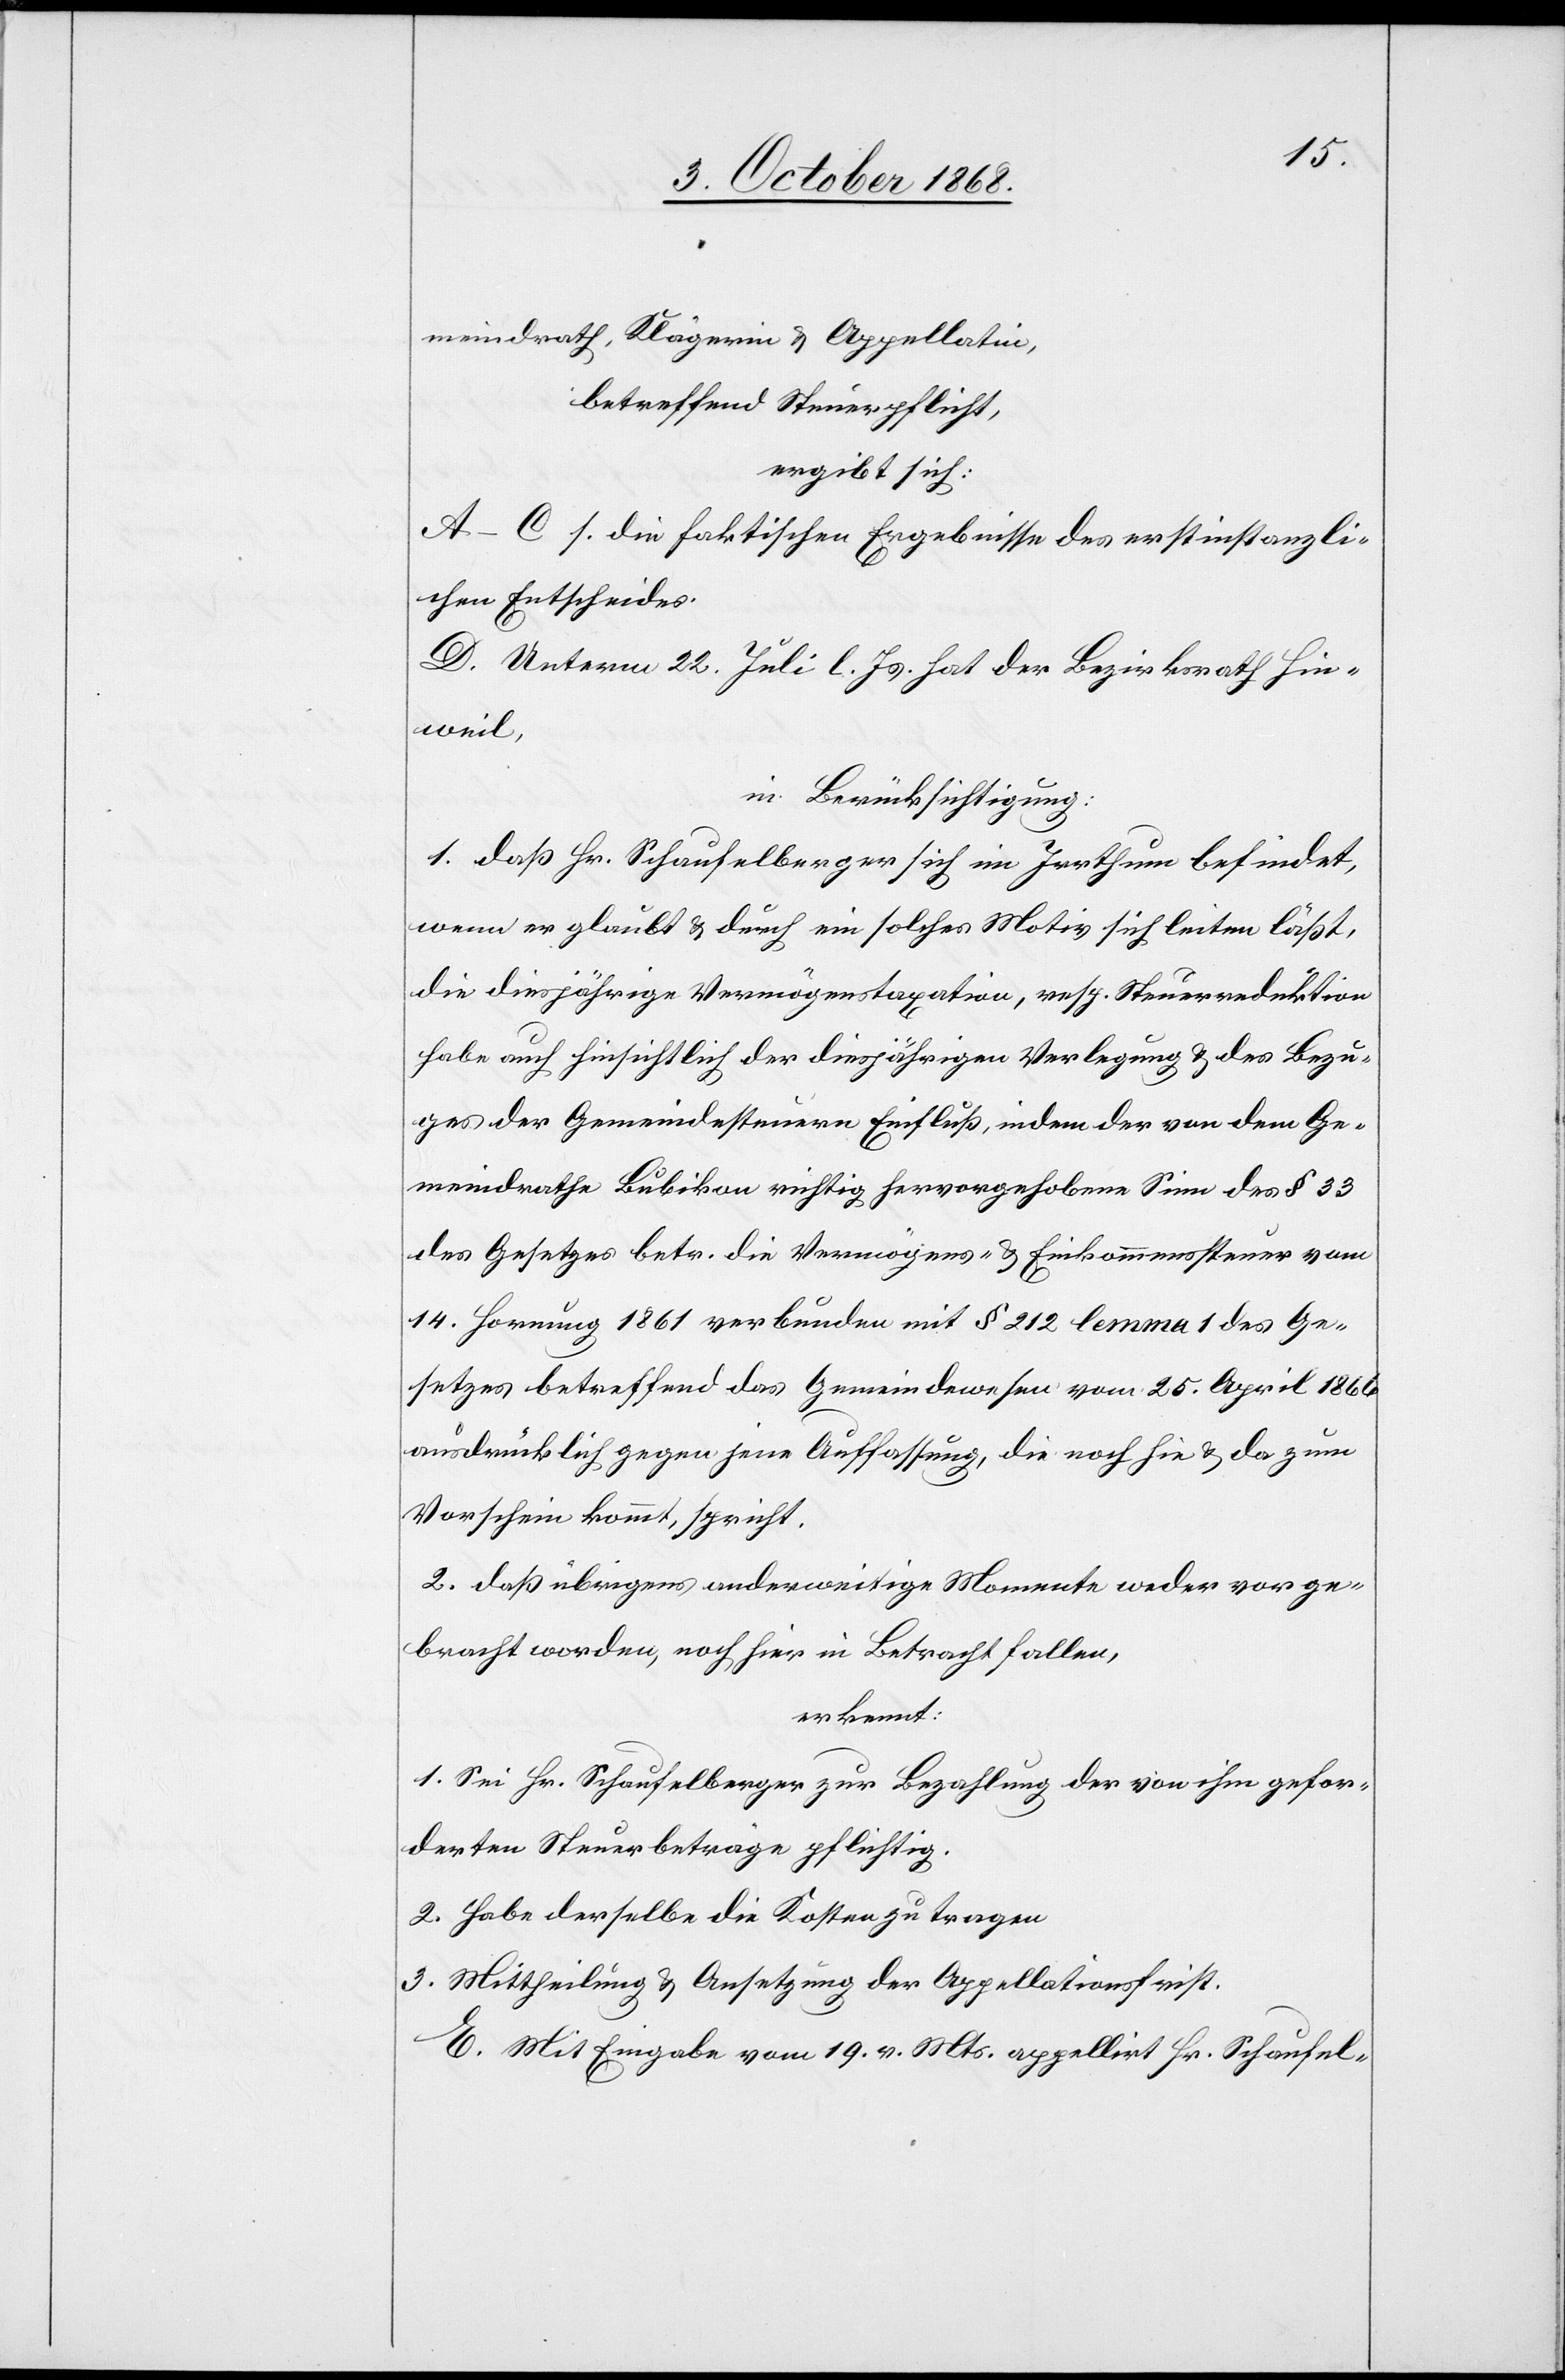
meindrath, Klägerin & Appellatin,
betreffend Steuerpflicht,
ergibt sich:
A–C s. die faktischen Ergebnisse des erstinstanzli¬
chen Entscheides.
D. Unterm 22. Juli l. Js. hat der Bezirksrath Hin¬
weil,
in Berücksichtigung:
1. daß Hr. Schaufelberger sich im Irrthum befindet,
wenn er glaubt & durch ein solches Motiv sich leiten läßt,
die diesjährige Vermögenstaxation, resp. Steuerreduktion
habe auch hinsichtlich der diesjährigen Verlegung & des Bezu¬
ges der Gemeindesteuern Einfluß, indem der von dem Ge¬
meindrathe Bubikon richtig hervorgehobene Sinn des § 33
des Gesetzes betr. die Vermögens- & Einkommenssteuer vom
14. Hornung 1861 verbunden mit § 212 lemma 1 des Ge¬
setzes betreffend das Gemeindewesen vom 25. April 1866
ausdrücklich gegen jene Auffassung, die noch hie & da zum
Vorschein kommt, spricht.
2. daß übrigens anderweitige Momente weder vorge¬
bracht worden, noch hier in Betracht fallen,
erkennt:
1. Sei Hr. Schaufelberger zur Bezahlung der von ihm gefor¬
derten Steuerbeträge pflichtig.
2. Habe derselbe die Kosten zu tragen
3. Mittheilung & Ansetzung der Appellationsfrist.
E. Mit Eingabe vom 19. v. Mts. appellirt Hr. Schaufel-